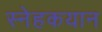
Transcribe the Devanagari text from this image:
स्नेहकयान